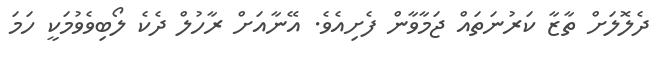
ދެލޮލަށް ތާޒާ ކަރުނަތައް ޖަމާވާން ފެށިއެވެ. އޭނާއަށް ރާހުލް ދެކެ ލޯބިވެވުމަކީ ހަމަ